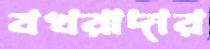
বখরাদার